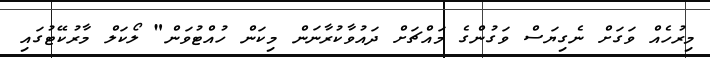
މިރުހެއް ވަގަށް ނެގިޔަސް ވަގުންގެ މައްޗަށް ދައުވާކުރާނަން މިކަން ހުއްޓުވަން" ލޯކަލް މާރުކޭޓުގައި